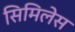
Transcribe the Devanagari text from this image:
सिमिलेस